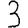
Digit: 3